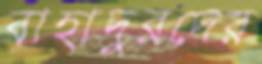
বাহাদুরদের